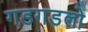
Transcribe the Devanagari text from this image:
गडगडलो